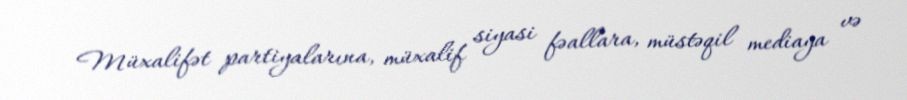
Müxalifət partiyalarına, müxalif siyasi fəallara, müstəqil mediaya və